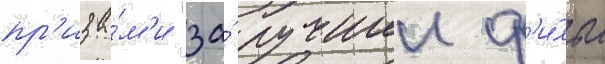
пр'иза́м'и "за́ лучшии ф'и́льм